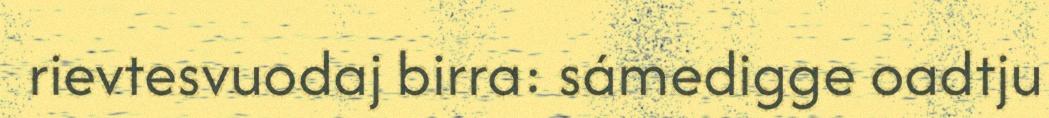
rievtesvuodaj birra: sámedigge oadtju